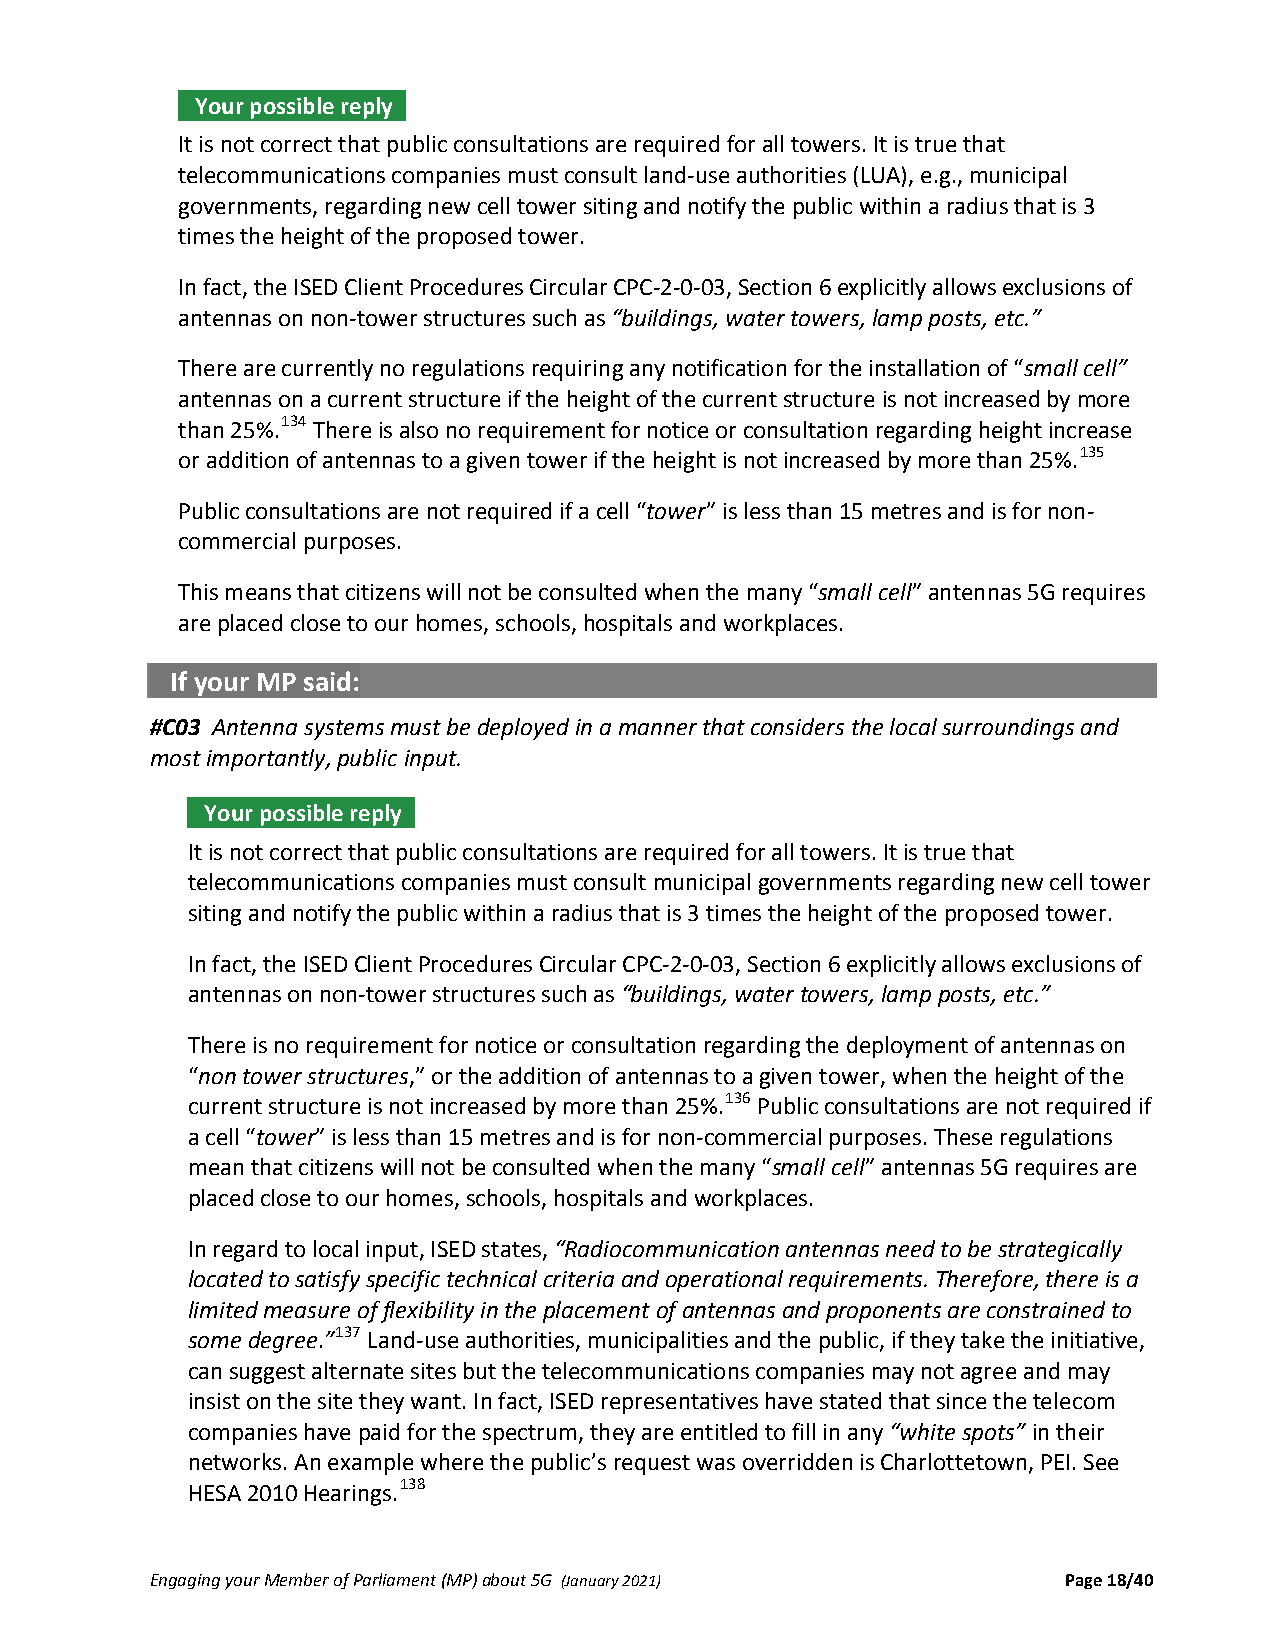
Your possible reply .
 It is not correct that public consultations are required for all towers. It is true that
 telecommunications companies must consult land‐use authorities (LUA), e.g., municipal
 governments, regarding new cell tower siting and notify the public within a radius that is 3
 times the height of the proposed tower.
 In fact, the ISED Client Procedures Circular CPC‐2‐0‐03, Section 6 explicitly allows exclusions of
 antennas on non‐tower structures such as “buildings, water towers, lamp posts, etc.”
 There are currently no regulations requiring any notification for the installation of “small cell”
 antennas on a current structure if the height of the current structure is not increased by more
 than 25%.134 There is also no requirement for notice or consultation regarding height increase
 or addition of antennas to a given tower if the height is not increased by more than 25%.135
 Public consultations are not required if a cell “tower” is less than 15 metres and is for non‐
 commercial purposes.
 This means that citizens will not be consulted when the many “small cell” antennas 5G requires
 are placed close to our homes, schools, hospitals and workplaces.
 If your MP said:
 #C03 Antenna systems must be deployed in a manner that considers the local surroundings and
 most importantly, public input.
 Your possible reply .
 It is not correct that public consultations are required for all towers. It is true that
 telecommunications companies must consult municipal governments regarding new cell tower
 siting and notify the public within a radius that is 3 times the height of the proposed tower.
 In fact, the ISED Client Procedures Circular CPC‐2‐0‐03, Section 6 explicitly allows exclusions of
 antennas on non‐tower structures such as “buildings, water towers, lamp posts, etc.”
 There is no requirement for notice or consultation regarding the deployment of antennas on
 “non tower structures,” or the addition of antennas to a given tower, when the height of the
 current structure is not increased by more than 25%.136 Public consultations are not required if
 a cell “tower” is less than 15 metres and is for non‐commercial purposes. These regulations
 mean that citizens will not be consulted when the many “small cell” antennas 5G requires are
 placed close to our homes, schools, hospitals and workplaces.
 In regard to local input, ISED states, “Radiocommunication antennas need to be strategically
 located to satisfy specific technical criteria and operational requirements. Therefore, there is a
 limited measure of flexibility in the placement of antennas and proponents are constrained to
 some degree.”137 Land‐use authorities, municipalities and the public, if they take the initiative,
 can suggest alternate sites but the telecommunications companies may not agree and may
 insist on the site they want. In fact, ISED representatives have stated that since the telecom
 companies have paid for the spectrum, they are entitled to fill in any “white spots” in their
 networks. An example where the public’s request was overridden is Charlottetown, PEI. See
 HESA 2010 Hearings.138
 Engaging your Member of Parliament (MP) about 5G (January 2021) Page 18/40